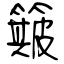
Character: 簸